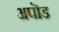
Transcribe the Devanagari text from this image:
अपॊड